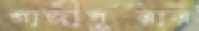
গাজীপুরার